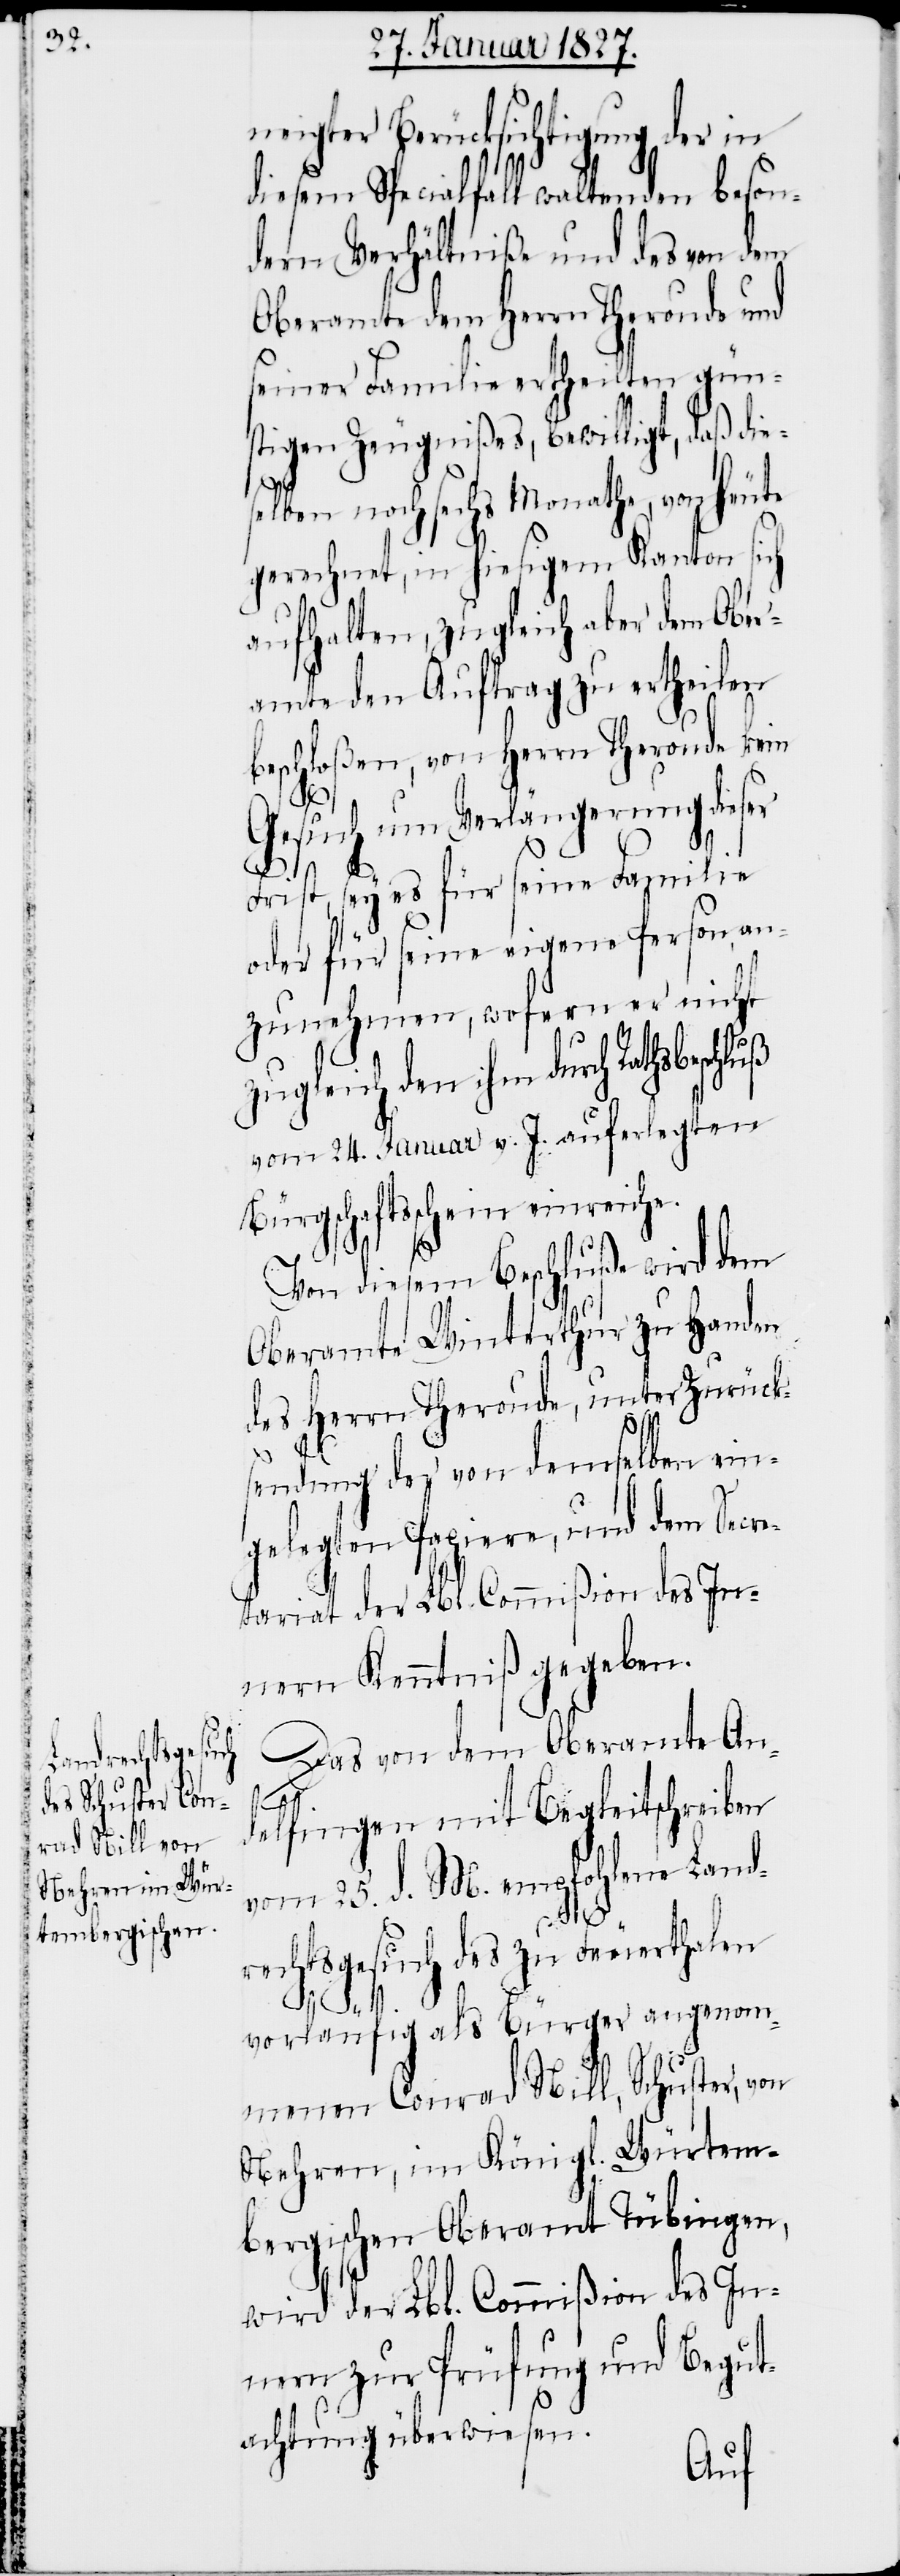
neigter Berücksichtigung der in
diesem Specialfall waltenden beson¬
dern Verhältniße und des von dem
Oberamte dem Herrn Theroude und
seiner Familie ertheilten gün¬
stigen Zeugnißes, bewilligt, daß die¬
selben noch sechs Monathe von heute
gerechnet, in hiesigem Kanton sich
aufhalten, zugleich aber dem Ober¬
amte den Auftrag zu ertheilen
beschloßen, von Herrn Theroude kein
Gesuch um Verlängerung dieser
Frist, sey es für seine Familie
oder für seine eigene Person, an¬
zunehmen, wofern er nicht
den ihm durch Rathsbeschluß
vom 24. Januar v. J. auferlegten
Bürgschaftsschein einreiche.
Von diesem Beschluße wird dem
Oberamte Winterthur zu Handen
des Herrn Theroude, unter Zurück¬
sendung der von demselben ein¬
gelegten Papiere, und dem Secre¬
tariat der Lbl. Commißion des In¬
nern Kenntniß gegeben.
Das von dem Oberamte An¬
delfingen mit Begleitschreiben
vom 25. d. M. empfohlene Land¬
rechtsgesuch des zu Feuerthalen
vorläufig als Bürger angenom¬
menen Conrad Nill, Schuster, von
Nehren, im Königl. Würtem¬
bergischen Oberamt Tübingen,
wird der Lbl. Commißion des In¬
nern zur Prüfung und Begut¬
achtung überwiesen.